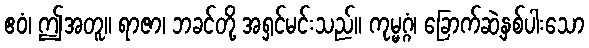
ဧဝံ၊ ဤအတူ။ ရာဇာ၊ ဘခင်တို့ အရှင်မင်းသည်။ ကုမ္မဂ္ဂံ၊ ခြောက်ဆဲ့နှစ်ပါးသော